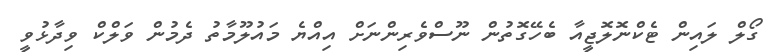
ގޯލް ލައިން ޓެކްނޮލޮޖީއާ ބެހޭގޮތުން ނޫސްވެރިންނަށް އިއްޔެ މައުލޫމާތު ދެމުން ވަލްކް ވިދާޅުވީ